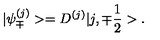
| { \psi } _ { \mp } ^ { ( j ) } > = D ^ { ( j ) } | j , { \mp } \frac { 1 } { 2 } > .